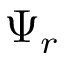
\Psi _ { r }